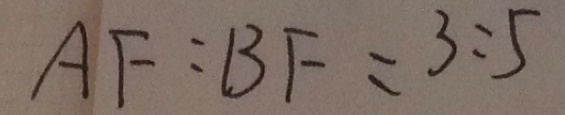
A F : B F = 3 : 5